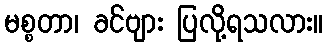
မစ္စတာ၊ ခင်ဗျား ပြလို့ရသလား။